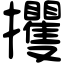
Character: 攫